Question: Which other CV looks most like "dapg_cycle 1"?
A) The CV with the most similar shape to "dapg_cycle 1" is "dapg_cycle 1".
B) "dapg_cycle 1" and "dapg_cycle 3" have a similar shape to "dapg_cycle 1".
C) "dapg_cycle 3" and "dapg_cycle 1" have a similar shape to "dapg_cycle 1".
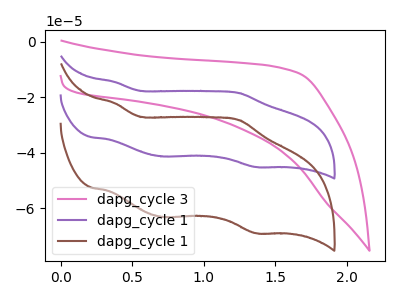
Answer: <think>The pink curve "dapg_cycle 3" has no peaks. The purple curve "dapg_cycle 1" has anodic peaks at (0.40V, -14.50uA) (1.25V, -18.50uA) and cathodic peaks at (0.70V, -41.40uA) (1.35V, -45.20uA). The brown curve "dapg_cycle 1" has anodic peaks at (0.40V, -22.15uA) (1.25V, -28.25uA) and cathodic peaks at (0.70V, -63.25uA) (1.35V, -69.10uA).
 "dapg_cycle 3" and "dapg_cycle 1" have a different number of peaks. "dapg_cycle 3" and "dapg_cycle 1" have a different number of peaks. All the peaks in "dapg_cycle 1" have a peak in "dapg_cycle 1" at the same potential.</think>
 <answer>A) The CV with the most similar shape to "dapg_cycle 1" is "dapg_cycle 1".</answer>
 <eval>A</eval>